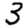
Digit: 3